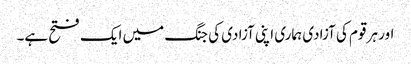
اور ہر قوم کی آزادی ہماری اپنی آزادی کی جنگ میں ایک فتح ہے۔